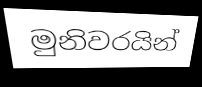
මුනිවරයින්